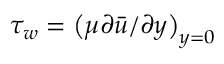
\tau _ { w } = \left( \mu \partial \bar { u } / \partial y \right) _ { y = 0 }